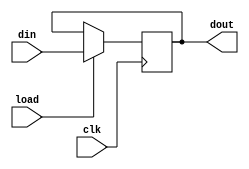
module pipo (dout, din, clk, load);

    input clk, load;
    input [15:0]din;
    output reg [15:0]dout;

    always@ (posedge clk)
    begin
        
        if (load)

        dout <= din;
    end
endmodule